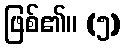
ဖြစ်၏။ (၅)